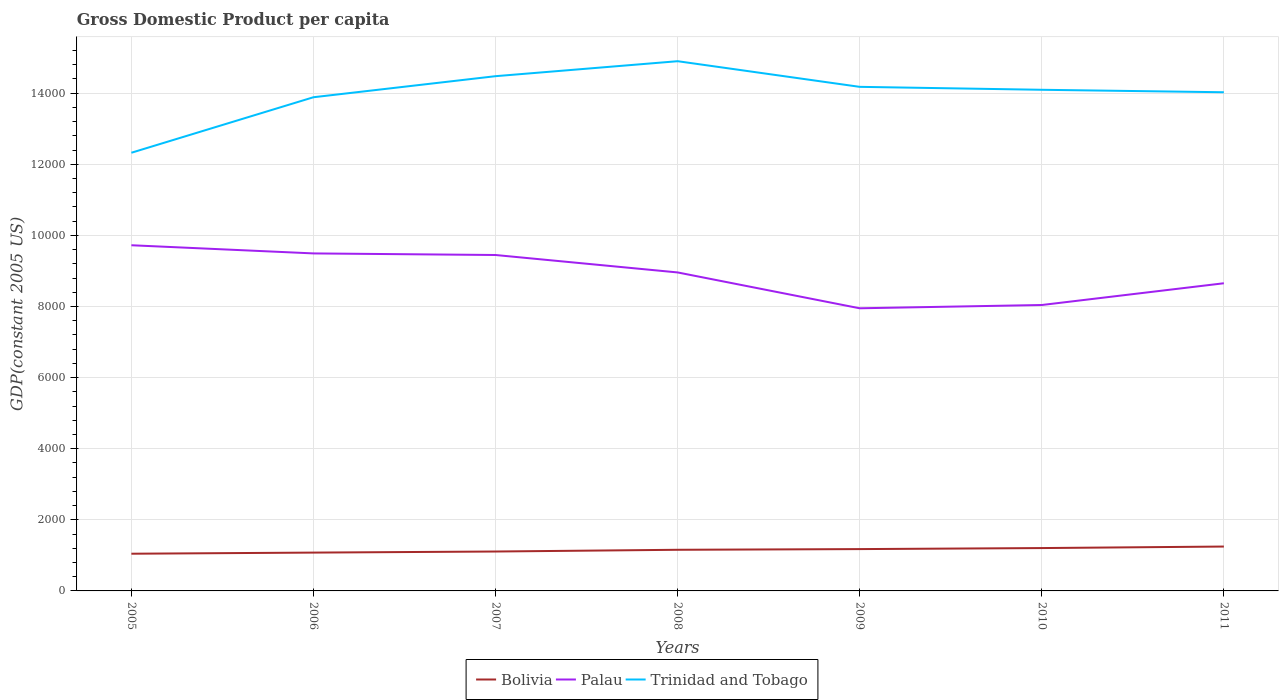
| Years | Bolivia | Palau | Trinidad and Tobago |
 | --- | --- | --- | --- |
 | 2005 | 1.05e+03 | 9.72e+03 | 1.23e+04 |
 | 2006 | 1.08e+03 | 9.49e+03 | 1.39e+04 |
 | 2007 | 1.11e+03 | 9.45e+03 | 1.45e+04 |
 | 2008 | 1.16e+03 | 8.96e+03 | 1.49e+04 |
 | 2009 | 1.18e+03 | 7.95e+03 | 1.42e+04 |
 | 2010 | 1.21e+03 | 8.04e+03 | 1.41e+04 |
 | 2011 | 1.25e+03 | 8.65e+03 | 1.4e+04 |